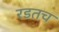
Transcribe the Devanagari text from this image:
रडतच